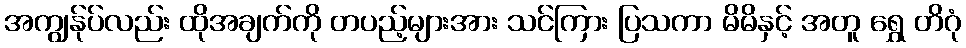
အကျွန်ုပ်လည်း ထိုအချက်ကို တပည့်များအား သင်ကြား ပြသကာ မိမိနှင့် အတူ ရွှေ တိဂုံ